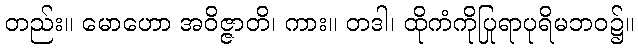
တည်း။ မောဟော အဝိဇ္ဇာတိ၊ ကား။ တဒါ၊ ထိုကံကိုပြုရာပုရိမဘဝ၌။